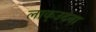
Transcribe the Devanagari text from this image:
लाक्उदना